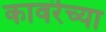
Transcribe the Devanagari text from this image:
कावरॆच्या